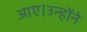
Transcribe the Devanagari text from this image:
आए।उन्होंने